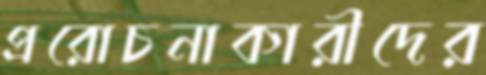
প্ররোচনাকারীদের